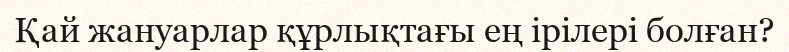
Қай жануарлар құрлықтағы ең ірілері болған?